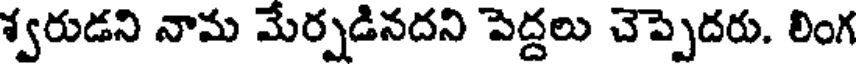
శ్వరుడని నామ మేర్పడినదని పెద్దలు చెప్పెదరు. లింగ